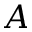
A